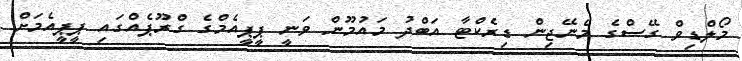
މޯލްޑިވް ގޭސްގެ މެނޭޖިން ޑިރެކްޓާ އަބްދު މައުމޫން ވަނީ ޕީޕީއެމްގެ ގްރޫޕެއްގައި ޕީޕީއެމަށް